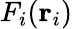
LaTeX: F_{i}(\mathbf{r}_{i})